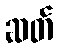
ဆတ်